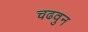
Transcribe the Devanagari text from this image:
चढवुन